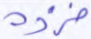
فزده